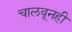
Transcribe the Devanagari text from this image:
चालवूनही